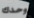
وحدك